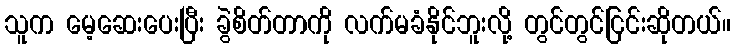
သူက မေ့ဆေးပေးပြီး ခွဲစိတ်တာကို လက်မခံနိုင်ဘူးလို့ တွင်တွင်ငြင်းဆိုတယ်။